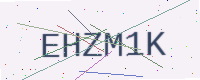
Text: EHZM1K